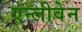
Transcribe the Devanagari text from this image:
एन्लीवेन